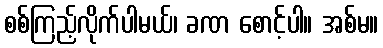
စစ်ကြည့်လိုက်ပါမယ်၊ ခဏ စောင့်ပါ။ အစ်မ။